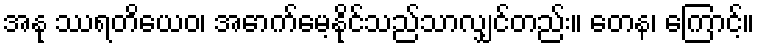
အနု ဿရတိယေဝ၊ အောက်မေ့နိုင်သည်သာလျှင်တည်း။ တေန၊ ကြောင့်။